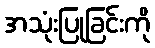
အသုံးပြုခြင်းကို